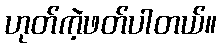
ဟုတ်ကဲ့ဖတ်ပါတယ်။